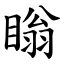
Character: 瞈